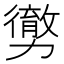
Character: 勶